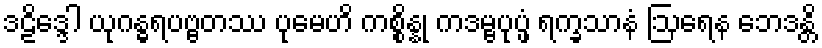
ဒဠိဒ္ဒေါ ယုဂန္ဓရပဗ္ဗတဿ ပုမေဟိ ကစ္စိန္နု ကဒမ္ဗပုပ္ဖံ ရက္ခသာနံ ဩရေန ဘေဒန္တိ